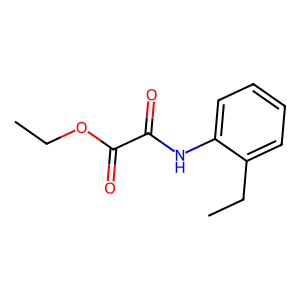
SMILES: CCOC(=O)C(=O)Nc1ccccc1CC
Inhibits HIV replication: No